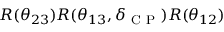
R ( \theta _ { 2 3 } ) R ( \theta _ { 1 3 } , \delta _ { \mathrm { ~ C ~ P ~ } } ) R ( \theta _ { 1 2 } )